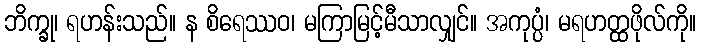
ဘိက္ခု၊ ရဟန်းသည်။ န စိရေဿဝ၊ မကြာမြင့်မီသာလျှင်။ အကုပ္ပံ၊ မရဟတ္ထဖိုလ်ကို။